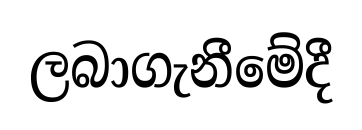
ලබාගැනීමේදී